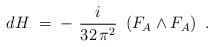
LaTeX: \begin{align*}dH \;=\; -~\frac{i}{32\,\pi^2}~\left( F_A \wedge F_A\right)~.\end{align*}